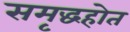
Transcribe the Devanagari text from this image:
समृद्धहोत